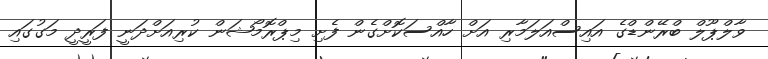
ވާލްޕޫލް ބްރޭންޑްގެ އައިސްއަލަމާރި އަށް ހާއްސަކޮށްގެން ފެށި މިޕްރޮމޯޝަން ކުރިއަށްދަނީ ފަރީދީ މަގުގައި